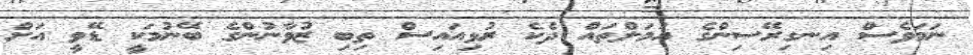
ނަމަވެސް އިނގިރޭސިންގެ އަމަލްތައް ދެކެ ރުޅިއައިސް ތިބި ޒުވާނުންގެ ބޭނުމަކީ ޑޭވީ އަށް